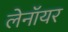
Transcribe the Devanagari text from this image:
लेनॉयर